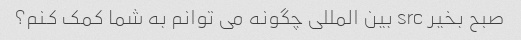
صبح بخیر src بین المللی چگونه می توانم به شما کمک کنم؟